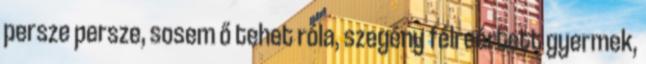
persze persze, sosem ő tehet róla, szegény félreértett gyermek,